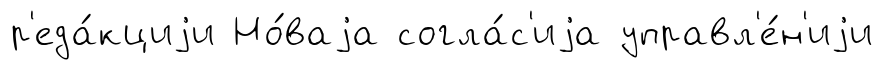
р'еда́кциjи Но́ваjа согла́с'иjа управл'е́н'иjи